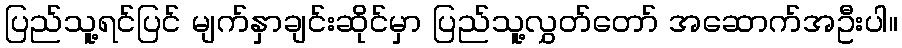
ပြည်သူ့ရင်ပြင် မျက်နှာချင်းဆိုင်မှာ ပြည်သူ့လွှတ်တော် အဆောက်အဦးပါ။